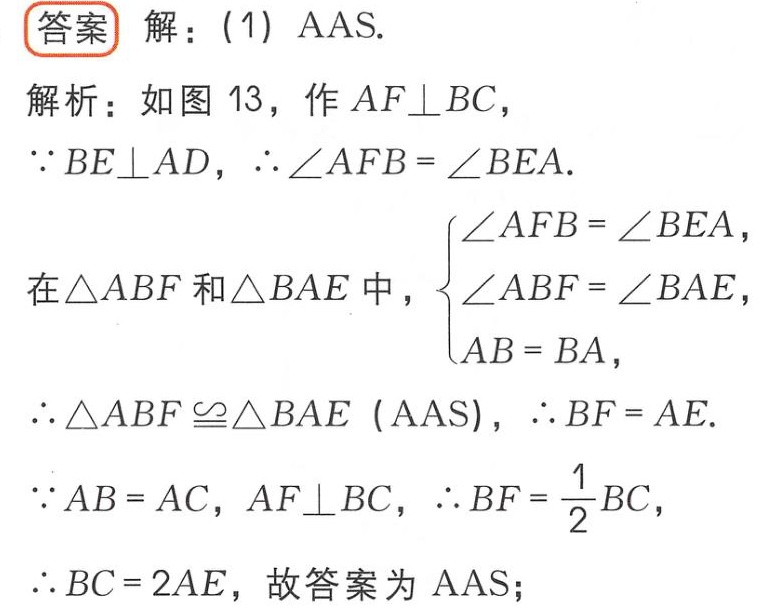
答案 解：(1) AAS.
解析：如图 13，作 \(AF\perp BC\)，
\(\because BE\perp AD\)，\(\therefore \angle AFB = \angle BEA\).
在\(\triangle ABF\)和\(\triangle BAE\)中，\(\begin{cases}
\angle AFB = \angle BEA,\\
\angle ABF = \angle BAE,\\
AB = BA,
\end{cases}\)
\(\therefore \triangle ABF\cong\triangle BAE\) (AAS)，\(\therefore BF = AE\).
\(\because AB = AC\)，\(AF\perp BC\)，\(\therefore BF = \frac{1}{2}BC\)，
\(\therefore BC = 2AE\)，故答案为 AAS；